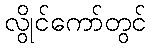
လွိုင်ကော်တွင်